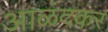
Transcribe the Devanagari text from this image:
आळंदकर